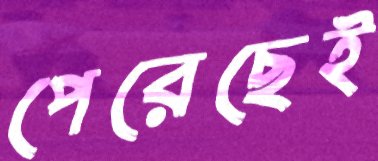
পেরেছেই